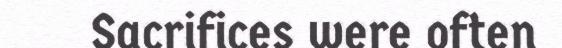
Sacrifices were often